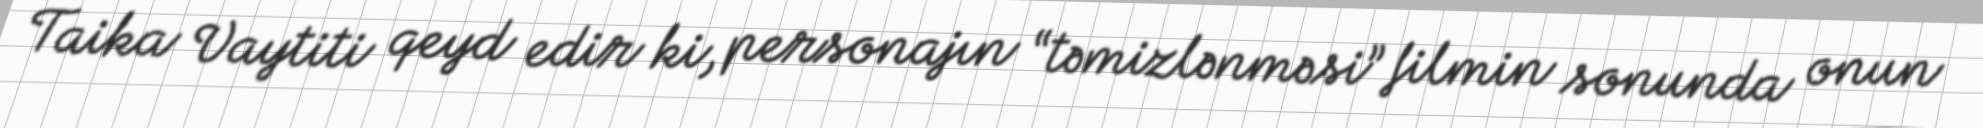
Taika Vaytiti qeyd edir ki, personajın “təmizlənməsi” filmin sonunda onun